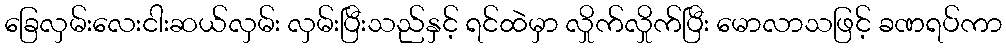
ခြေလှမ်းလေးငါးဆယ်လှမ်း လှမ်းပြီးသည်နှင့် ရင်ထဲမှာ လှိုက်လှိုက်ပြီး မောလာသဖြင့် ခဏရပ်ကာ